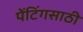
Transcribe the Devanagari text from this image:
पेंटिंगसाठी